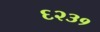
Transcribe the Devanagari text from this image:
६२३१